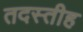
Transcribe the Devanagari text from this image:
तदस्तीह